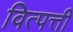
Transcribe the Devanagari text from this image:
वित्पत्ती